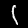
Digit: 1